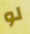
لو